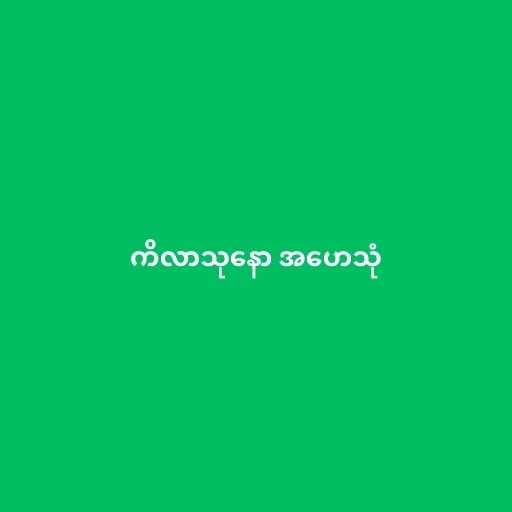
ကိလာသုနော အဟေသုံ